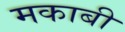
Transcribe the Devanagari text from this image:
मकाबी